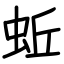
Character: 蚯